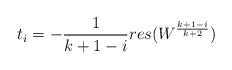
\begin{align*}t_i = - \frac{1}{k+1-i} res (W^{\frac{k+1-i}{k+2}})\end{align*}